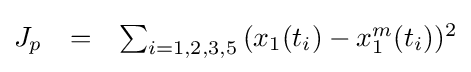
{\begin{matrix}J_{p}&=&\sum _{i=1,2,3,5}{(x_{1}(t_{i})-x_{1}^{m}(t_{i}))^{2}}\\\end{matrix}}